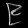
Digit: ၉